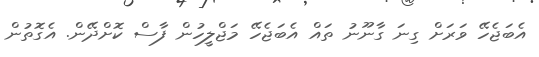
އެބަޖެހޭ ވަަރަށް ގިނަ ގާނޫނު ތައް އެބަޖެހޭ މަޖްލީހުން ފާސް ކޮށްދޭން. އެގޮތުން